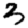
Digit: 3